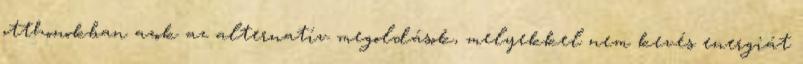
otthonokban azok az alternatív megoldások, melyekkel nem kevés energiát